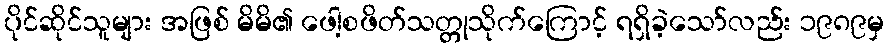
ပိုင်ဆိုင်သူများ အဖြစ် မိမိ၏ ဖေါ့စဖိတ်သတ္တုသိုက်ကြောင့် ရရှိခဲ့သော်လည်း ၁၉၈၉မှ